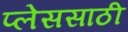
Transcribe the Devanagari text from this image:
प्लेससाठी